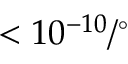
< 1 0 ^ { - 1 0 } / { } ^ { \circ }